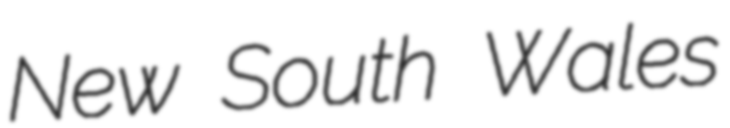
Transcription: New South Wales